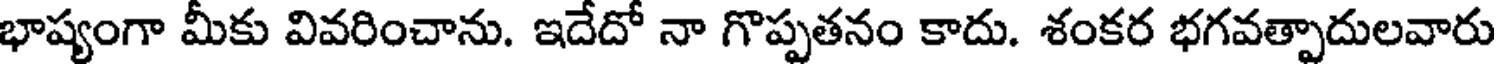
భాష్యంగా మీకు వివరించాను. ఇదేదో నా గొప్పతనం కాదు. శంకర భగవత్పాదులవారు